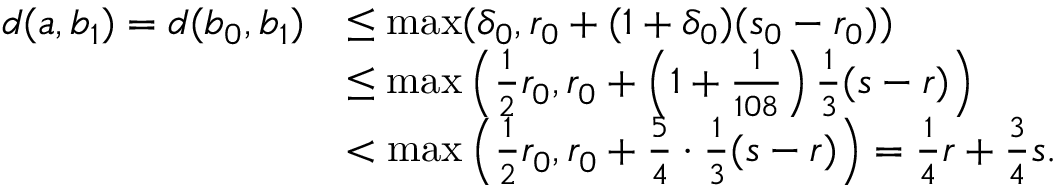
\begin{array} { r l } { d ( a , b _ { 1 } ) = d ( b _ { 0 } , b _ { 1 } ) } & { \leq \operatorname* { m a x } ( \delta _ { 0 } , r _ { 0 } + ( 1 + \delta _ { 0 } ) ( s _ { 0 } - r _ { 0 } ) ) } \\ & { \leq \operatorname* { m a x } \left( \frac { 1 } { 2 } r _ { 0 } , r _ { 0 } + \left( 1 + \frac { 1 } { 1 0 8 } \right) \frac { 1 } { 3 } ( s - r ) \right) } \\ & { < \operatorname* { m a x } \left( \frac { 1 } { 2 } r _ { 0 } , r _ { 0 } + \frac { 5 } { 4 } \cdot \frac { 1 } { 3 } ( s - r ) \right) = \frac { 1 } { 4 } r + \frac { 3 } { 4 } s . } \end{array}